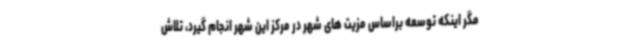
مگر اینکه توسعه براساس مزیت های شهر در مرکز این شهر انجام گیرد، تلاش